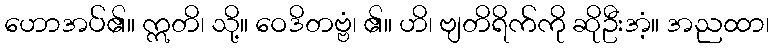
ဟောအပ်၏။ ဣတိ၊ သို့။ ဝေဒိတဗ္ဗံ၊ ၏။ ဟိ၊ ဗျတိရိက်ကို ဆိုဦးအံ့။ အညထာ၊